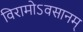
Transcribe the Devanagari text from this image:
विरामोऽवसानम्